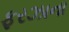
ફરઝાના